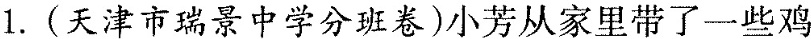
1.（天津市瑞景中学分班卷）小芳从家里带了一些鸡